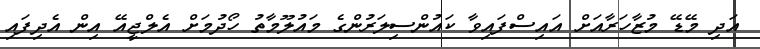
އަދި މޭޑޭ މުޒާހަރާއަށް އައިސްފައިވާ ކައުންސިލަރުންގެ މައުލޫމާތު ހޯދުމަށް އެލްޖީއޭ އިން އެދިފައި